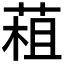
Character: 𦳏